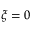
\xi = 0